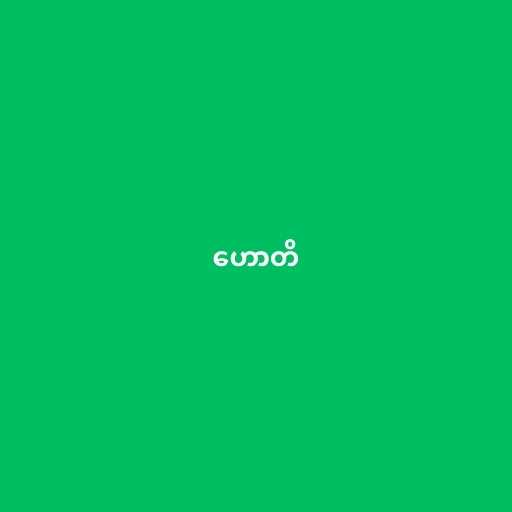
ဟောတိ